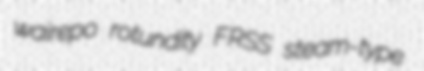
wairepo rotundity FRSS steam-type